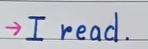
-> I read .